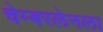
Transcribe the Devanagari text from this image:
चेम्बरलेनला